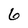
Character: 6